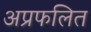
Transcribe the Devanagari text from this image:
अप्रफलित